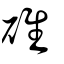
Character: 碓